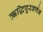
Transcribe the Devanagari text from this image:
ऋद्धिपूरवर्णन